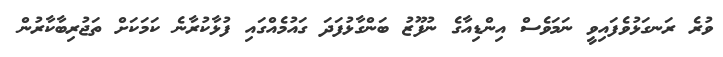
ވުރެ ރަނގަޅުވެފައިވީ ނަމަވެސް އިންޑިއާގެ ނުފޫޒު ބަންގާޅުފަދަ ގައުމެއްގައި ފުޅާކުރާނެ ކަމަކަށް ތަޖުރިބާކާރުން